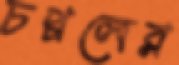
চপ্পলের